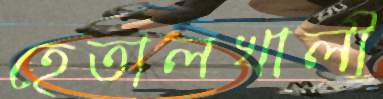
হেতালখালী